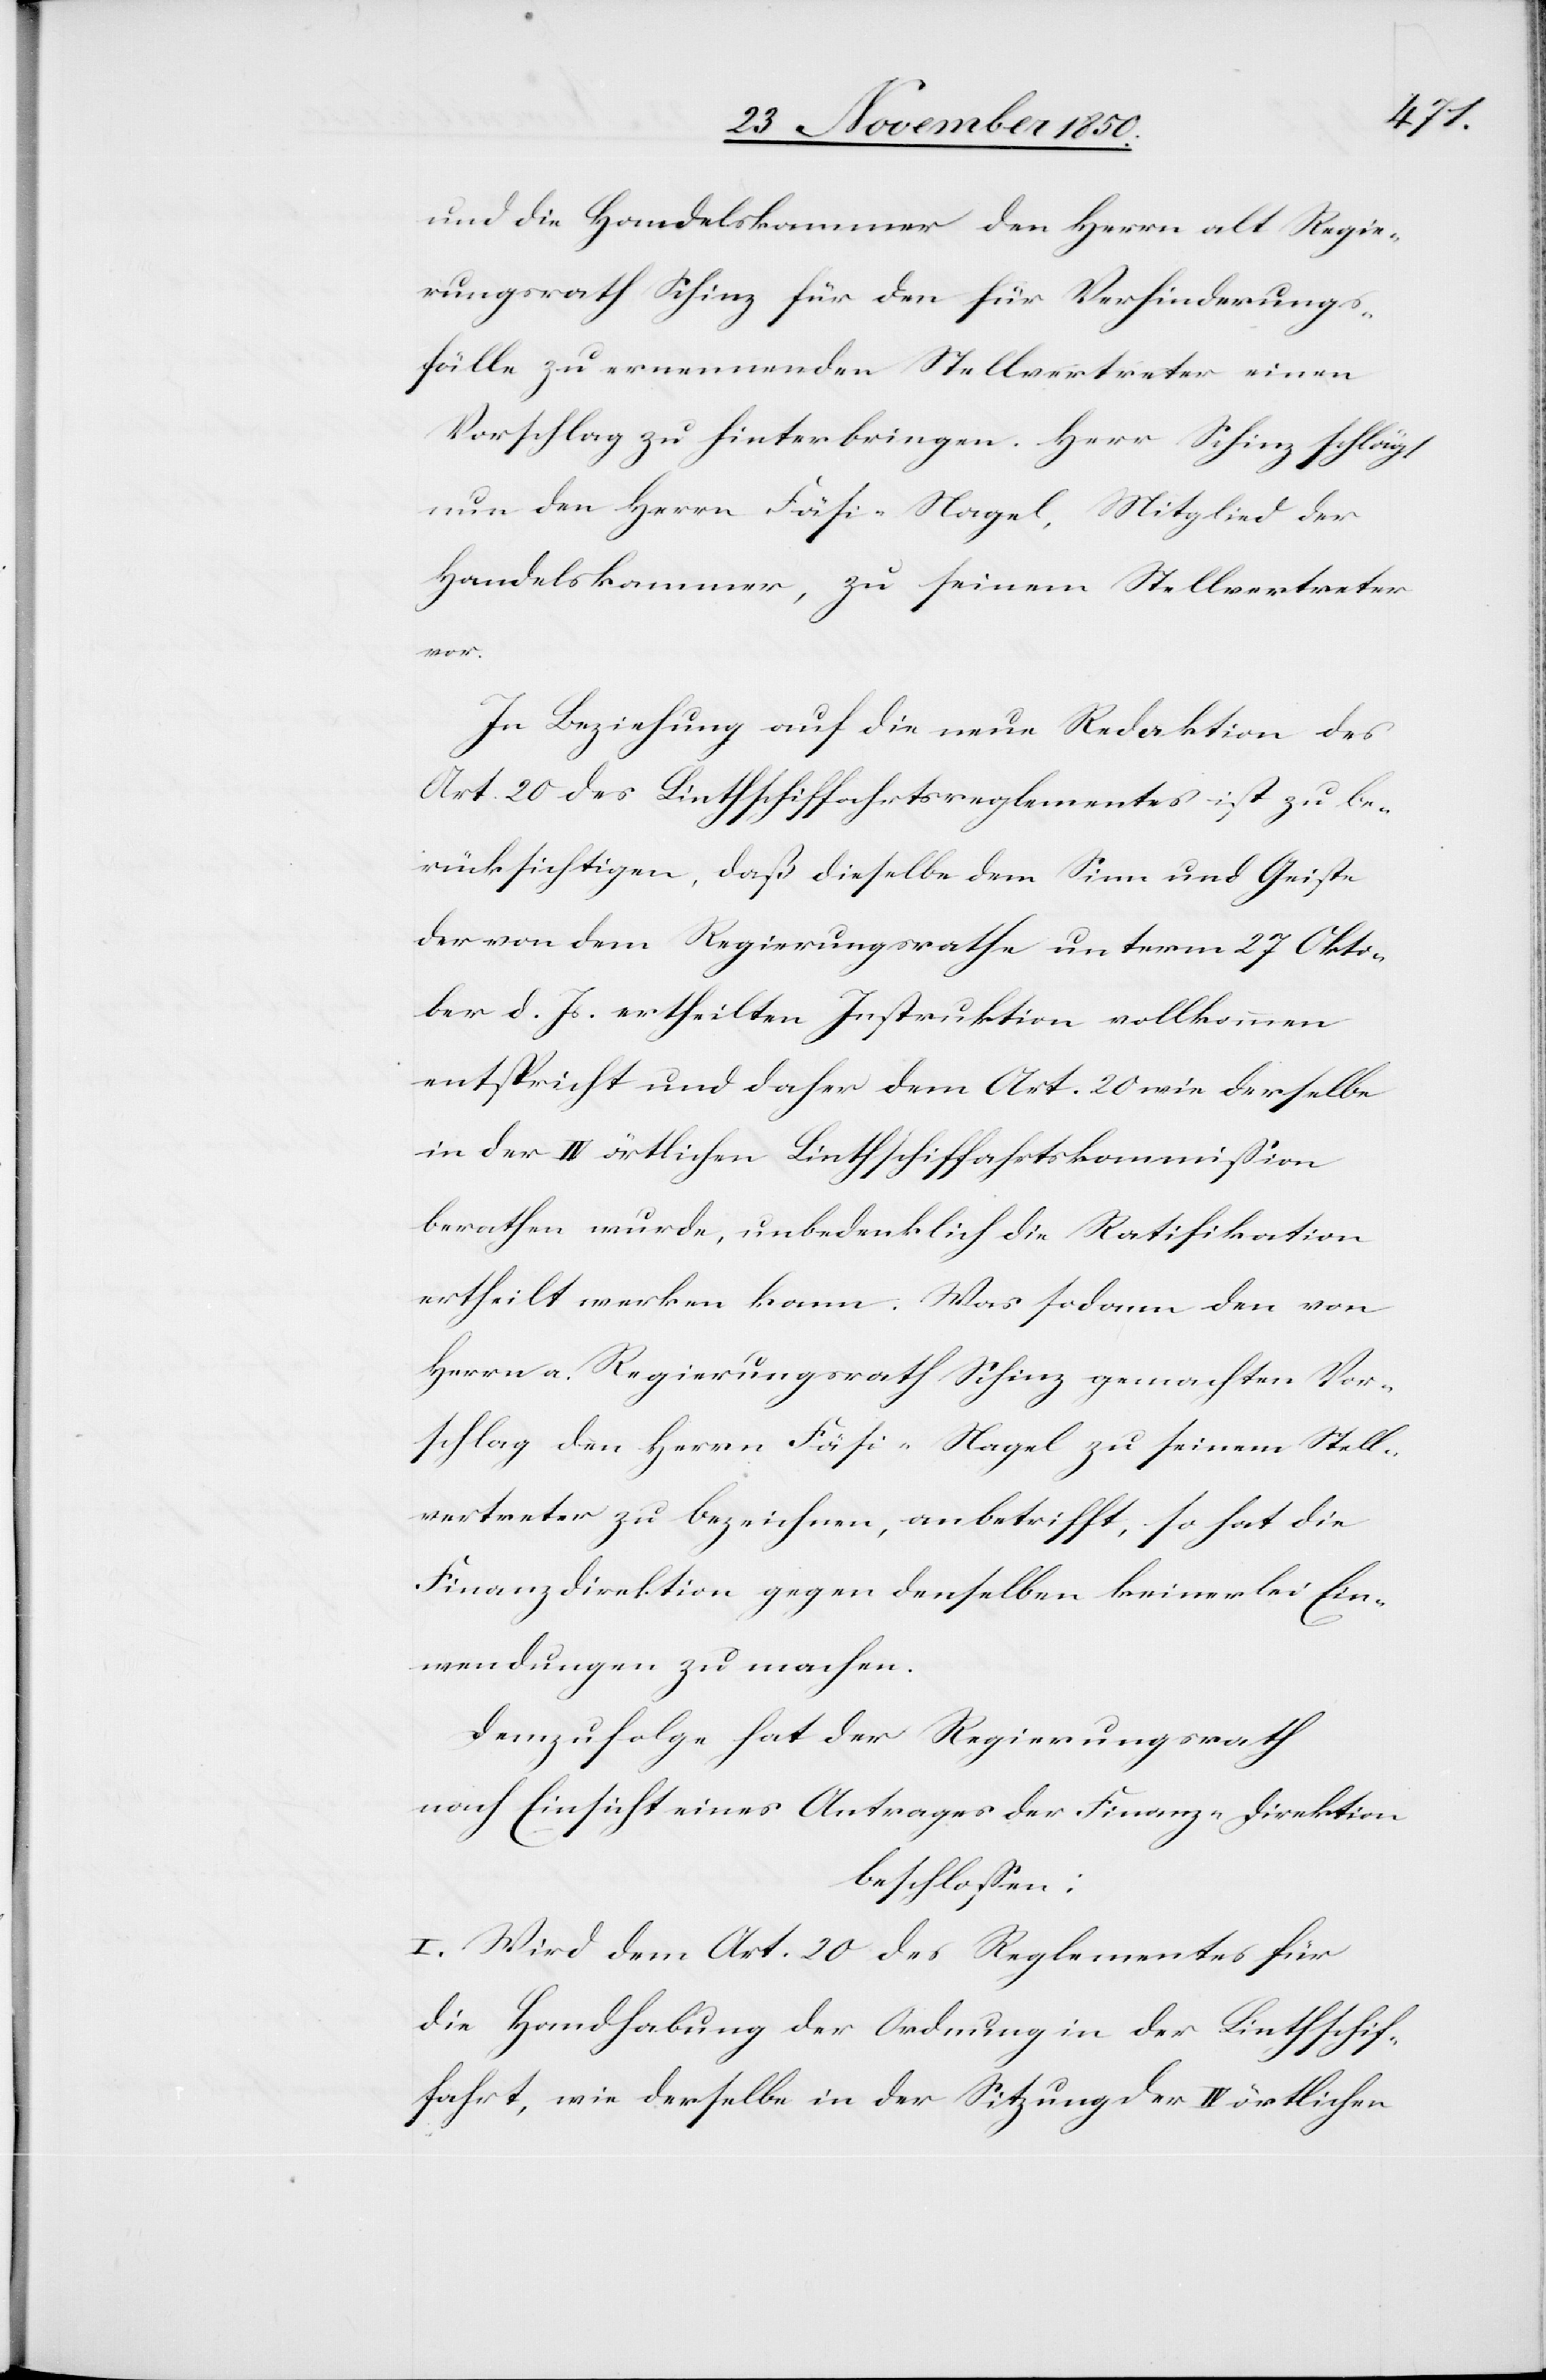
und die Handelskammer den Herrn alt Regie¬
rungsrath Schinz für den für Verhinderungs¬
fälle zu ernennenden Stellvertreter einen
Vorschlag zu hinterbringen. Herr Schinz schlägt
nun den Herrn Fäsi-Nagel, Mitglied der
Handelskammer, zu seinem Stellvertreter
vor.
In Beziehung auf die neue Redaktion des
Art. 20 des Linthschiffahrtsreglementes ist zu be¬
rücksichtigen, daß dieselbe dem Sinn und Geiste
der von dem Regierungsrathe unterm 27 Okto¬
ber d. Js. ertheilten Instruktion vollkommen
entspricht und daher dem Art. 20 wie derselbe
in der IV örtlichen Linthschiffahrtskommission
berathen wurde, unbedenklich die Ratifikation
ertheilt werken [sic!] kann. Was sodann den von
Herrn a. Regierungsrath Schinz gemachten Vor¬
schlag den Herrn Fäsi-Nagel zu seinem Stell¬
vertreter zu bezeichnen, anbetrifft, so hat die
Finanzdirektion gegen denselben keinerlei Ein¬
wendungen zu machen.
Demzufolge hat der Regierungsrath
nach Einsicht eines Antrages der Finanz-Direktion
beschlossen:
I. Wird dem Art. 20 des Reglementes für
die Handhabung der Ordnung in der Linthschif¬
fahrt, wie derselbe in der Sitzung der IV örtlichen